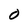
Character: O